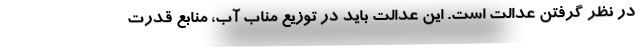
در نظر گرفتن عدالت است. این عدالت باید در توزیع مناب آب، منابع قدرت